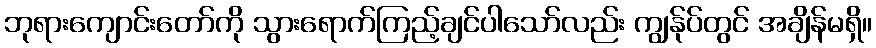
ဘုရားကျောင်းတော်ကို သွားရောက်ကြည့်ချင်ပါသော်လည်း ကျွန်ုပ်တွင် အချိန်မရှိ။